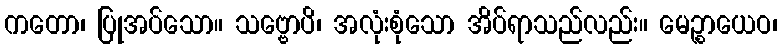
ကတော၊ ပြုအပ်သော။ သဗ္ဗောပိ၊ အလုံးစုံသော အိပ်ရာသည်လည်း။ မေဉ္စာယေဝ၊